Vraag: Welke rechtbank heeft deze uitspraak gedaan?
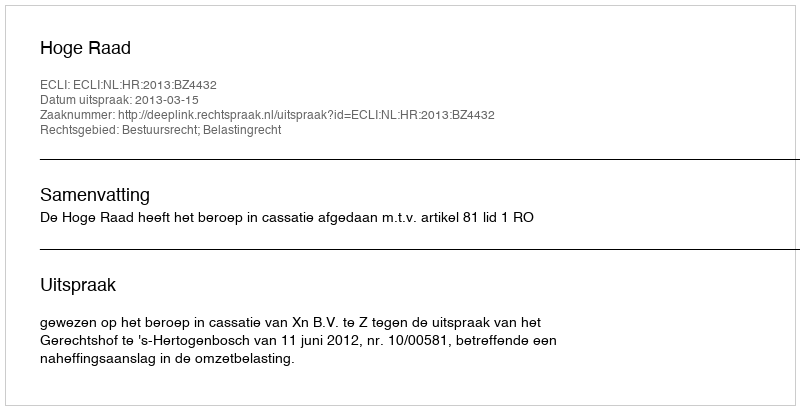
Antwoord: Hoge Raad